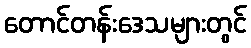
တောင်တန်းဒေသများတွင်